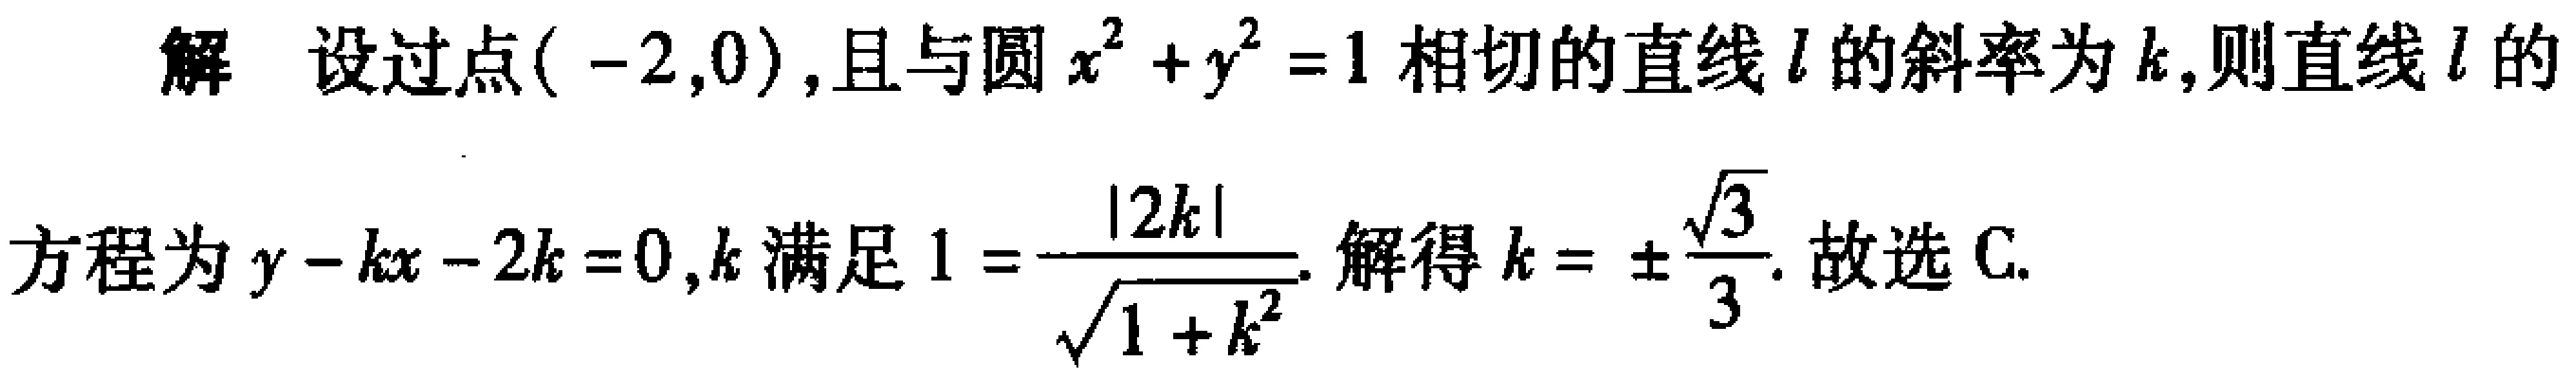
解 设过点\((-2,0)\)，且与圆\(x^{2}+y^{2}=1\)相切的直线\(l\)的斜率为\(k\)，则直线\(l\)的方程为\(y - kx - 2k = 0\)，\(k\)满足\(1 = \frac{|2k|}{\sqrt{1 + k^{2}}}\)。解得\(k = \pm\frac{\sqrt{3}}{3}\)。故选C。